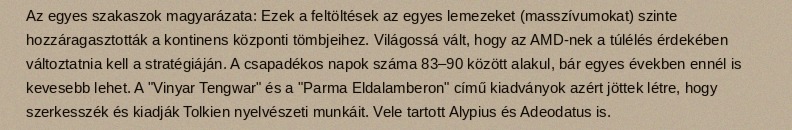
Az egyes szakaszok magyarázata: Ezek a feltöltések az egyes lemezeket (masszívumokat) szinte hozzáragasztották a kontinens központi tömbjeihez. Világossá vált, hogy az AMD-nek a túlélés érdekében változtatnia kell a stratégiáján. A csapadékos napok száma 83–90 között alakul, bár egyes években ennél is kevesebb lehet. A "Vinyar Tengwar" és a "Parma Eldalamberon" című kiadványok azért jöttek létre, hogy szerkesszék és kiadják Tolkien nyelvészeti munkáit. Vele tartott Alypius és Adeodatus is.